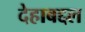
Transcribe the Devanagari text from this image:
देहाबद्दल